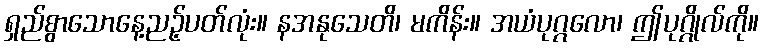
ရှည်စွာသောနေ့ညဉ့်ပတ်လုံး။ နအနုသေတိ၊ မကိန်း။ အယံပုဂ္ဂလော၊ ဤပုဂ္ဂိုလ်ကို။